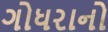
ગોધરાનો